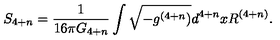
S _ { 4 + n } = \frac { 1 } { 1 6 \pi G _ { 4 + n } } \int \sqrt { - g ^ { ( 4 + n } ) } d ^ { 4 + n } x R ^ { ( 4 + n ) } .